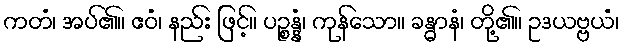
ကတံ၊ အပ်၏။ ဧဝံ၊ နည်း ဖြင့်။ ပဉ္စန္နံ၊ ကုန်သော။ ခန္ဓာနံ၊ တို့၏။ ဥဒယဗ္ဗယံ၊